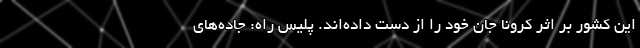
این کشور بر اثر کرونا جان خود را از دست داده‌اند. پلیس راه: جاده‌های